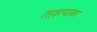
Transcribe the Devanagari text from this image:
तल्लापाका